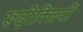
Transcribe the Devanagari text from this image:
रूढ़ोक्तियों